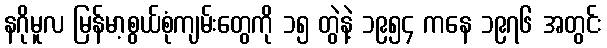
နဂိုမူလ မြန်မာ့စွယ်စုံကျမ်းတွေကို ၁၅ တွဲနဲ့ ၁၉၅၄ ကနေ ၁၉၇၆ အတွင်း